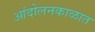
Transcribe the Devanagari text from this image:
आंदोलनकाळात